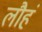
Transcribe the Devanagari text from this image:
लौहं